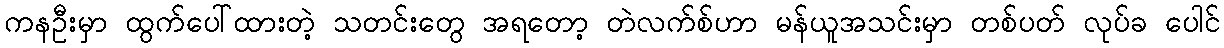
ကနဦးမှာ ထွက်ပေါ်ထားတဲ့ သတင်းတွေ အရတော့ တဲလက်စ်ဟာ မန်ယူအသင်းမှာ တစ်ပတ် လုပ်ခ ပေါင်